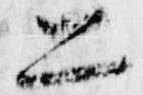
二